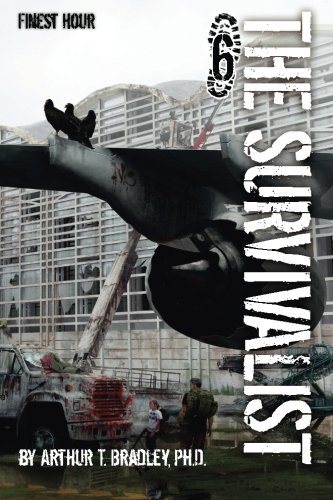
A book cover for The Survivalist (Finest Hour); Dr. Arthur T Bradley; Science Fiction & Fantasy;